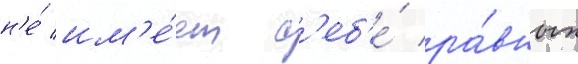
н'е́ им'е́ет с'еб'е́ ра́вных